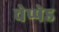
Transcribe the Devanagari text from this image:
चेप्पेड